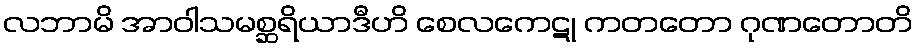
လဘာမိ အာဝါသမစ္ဆရိယာဒီဟိ စေလကေဋု ကတတော ဂုဏတောတိ